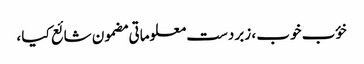
خؤب خوب ، زبردست معلوماتی مضمون شائع کیا ،